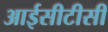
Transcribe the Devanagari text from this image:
आईसीटीसी